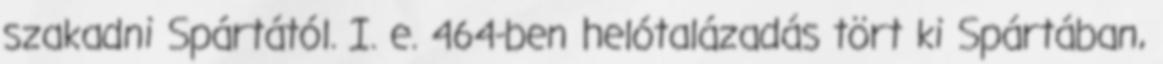
szakadni Spártától. I. e. 464-ben helótalázadás tört ki Spártában,